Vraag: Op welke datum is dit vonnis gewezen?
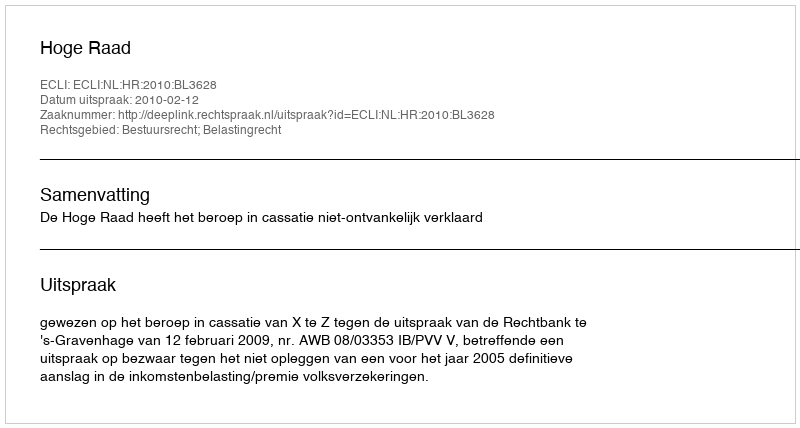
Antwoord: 2010-02-12